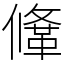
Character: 鞗